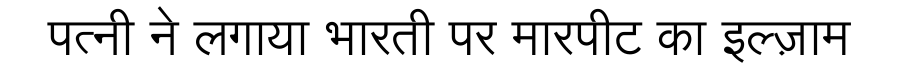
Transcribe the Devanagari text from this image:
पत्नी ने लगाया भारती पर मारपीट का इल्ज़ाम